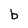
Character: b